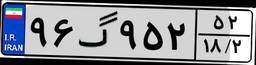
۹۶گ۹۵۲۵۲